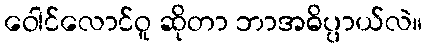
ဝေါင်လောင်ဝူ ဆိုတာ ဘာအဓိပ္ပာယ်လဲ။